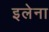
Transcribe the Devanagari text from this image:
इलेना